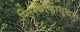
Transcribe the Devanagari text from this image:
प्लिश्कोव्हासुद्धा